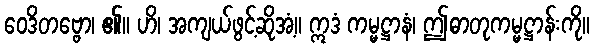
ဝေဒိတဗ္ဗော၊ ၏။ ဟိ၊ အကျယ်ဖွင့်ဆိုအံ့။ ဣဒံ ကမ္မဋ္ဌာနံ၊ ဤဓာတုကမ္မဋ္ဌာန်းကို။